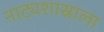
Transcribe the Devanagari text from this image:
नाट्यशास्राला